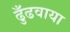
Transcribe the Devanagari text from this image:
ढुँढवाया